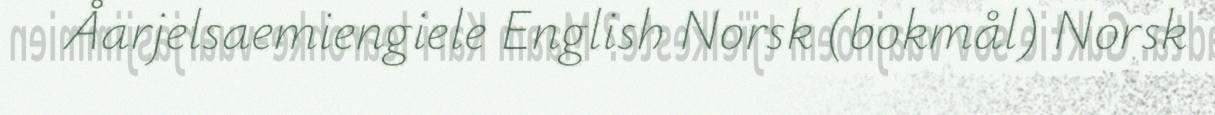
Åarjelsaemiengiele English Norsk (bokmål) Norsk